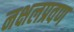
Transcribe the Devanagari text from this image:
नक्षलप्रवण